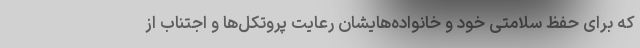
که برای حفظ سلامتی خود و خانواده‌هایشان رعایت پروتکل‌ها و اجتناب از